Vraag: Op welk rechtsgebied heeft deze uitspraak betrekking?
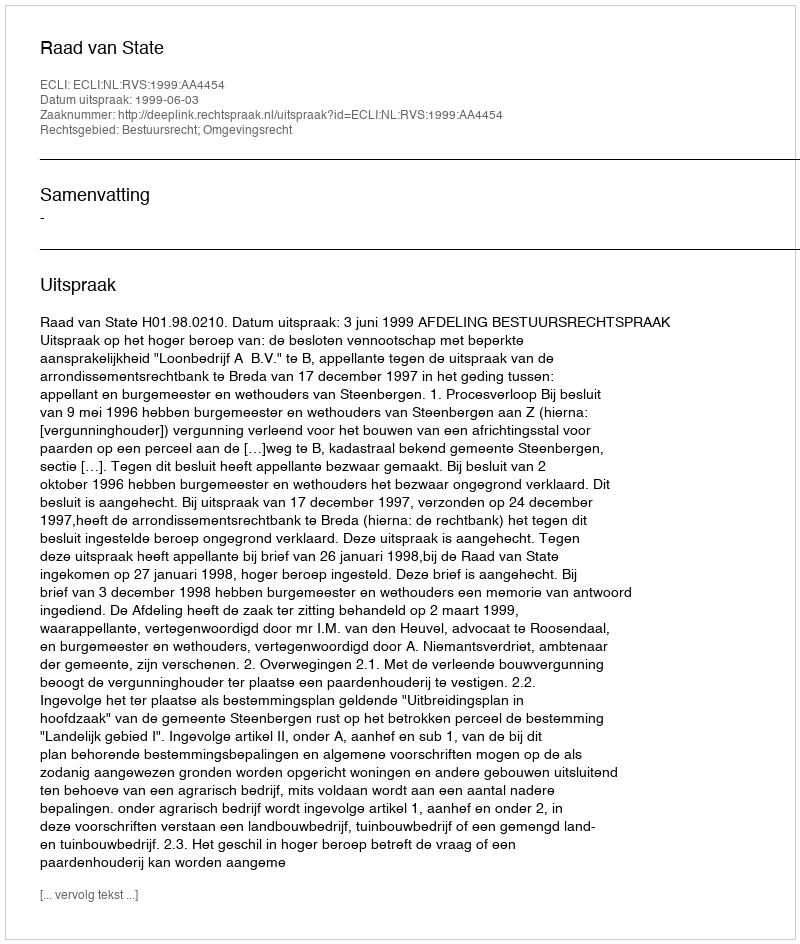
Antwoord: Bestuursrecht; Omgevingsrecht